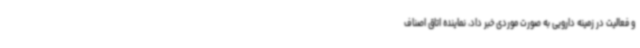
و فعالیت در زمینه دارویی به صورت موردی خبر داد، نماینده اتاق اصناف